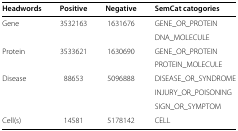
<table><thead><tr><td><b>Headwords</b></td><td><b>Positive</b></td><td><b>Negative</b></td><td><b>SemCat catogories</b></td></tr></thead><tbody><tr><td>Gene</td><td>3532163</td><td>1631676</td><td>GENE_OR_PROTEIN</td></tr><tr><td></td><td></td><td></td><td>DNA_MOLECULE</td></tr><tr><td>Protein</td><td>3533621</td><td>1630690</td><td>GENE_OR_PROTEIN</td></tr><tr><td></td><td></td><td></td><td>PROTEIN_MOLECULE</td></tr><tr><td>Disease</td><td>88653</td><td>5096888</td><td>DISEASE_OR_SYNDROME</td></tr><tr><td></td><td></td><td></td><td>INJURY_OR_POISONING</td></tr><tr><td></td><td></td><td></td><td>SIGN_OR_SYMPTOM</td></tr><tr><td>Cell(s)</td><td>14581</td><td>5178142</td><td>CELL</td></tr></tbody></table>